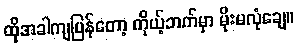
ထိုအခါကျပြန်တော့ ကိုယ့်ဘက်မှာ မိုးမလုံချေ။